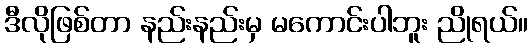
ဒီလိုဖြစ်တာ နည်းနည်းမှ မကောင်းပါဘူး ညိုရယ်။